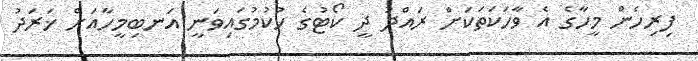
ފިރިހެން މީހާގެ އެ ވާހަކަތަކަށް ރައްދު ދީ ކޯޓުގެ ހުކުމުގައިވަނީ އަނބިމީހާއަށް ޚަރަދު